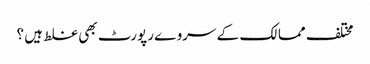
مختلف ممالک کے سروے رپورٹ بھی غلط ہیں ؟